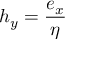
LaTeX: h _ { y } = { \frac { e _ { x } } { \eta } }